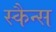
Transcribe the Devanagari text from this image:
स्कैन्स